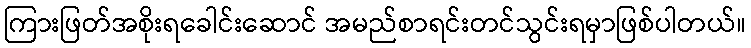
ကြားဖြတ်အစိုးရခေါင်းဆောင် အမည်စာရင်းတင်သွင်းရမှာဖြစ်ပါတယ်။